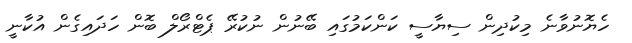
ހެޔޮނުވާނެ މިކުދިން ސިޔާސީ ކަންކަމުގައި ބޭނުން ނުކުރޭ ޕެޓްރޯލް ބޮން ހަދައިގެން އުކާނީ